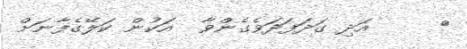
٣     އަދި ގަދަފަދަވެގެންވާ  އަކުން ކަލޭގެފާނަށް